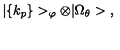
| \{ k _ { p } \} > _ { \varphi } \otimes | \Omega _ { \theta } > \ ,